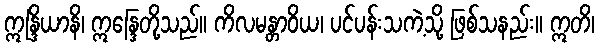
ဣန္ဒြိယာနိ၊ ဣန္ဒြေတို့သည်။ ကိလမန္တာဝိယ၊ ပင်ပန်းသကဲ့သို့ ဖြစ်သနည်း။ ဣတိ၊